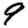
Digit: 9